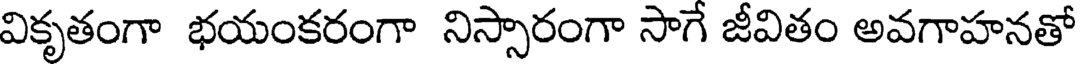
వికృతంగా భయంకరంగా నిస్సారంగా సాగే జీవితం అవగాహనతో